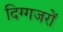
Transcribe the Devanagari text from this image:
दिग्गजरों